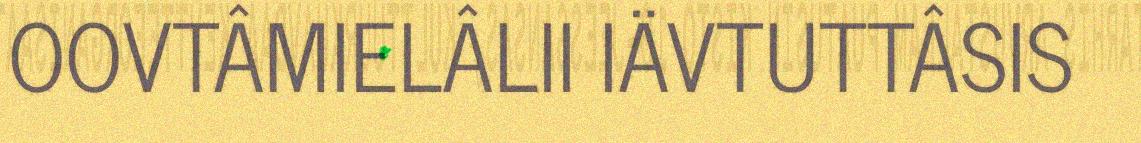
OOVTÂMIELÂLII IÄVTUTTÂSIS